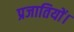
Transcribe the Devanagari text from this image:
प्रजातियों।